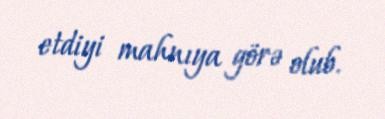
etdiyi mahnıya görə olub.